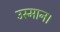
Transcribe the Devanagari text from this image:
उस्मान।